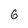
Character: 6